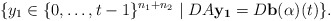
\begin{align*} \{y_1 \in \{0, \ldots, t-1\}^{n_1+n_2} \mid DA \mathbf{y_1} = D \mathbf{b(\alpha)}(t)\}. \end{align*}